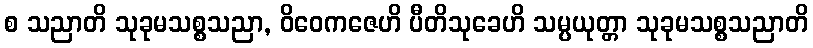
စ သညာတိ သုခုမသစ္စသညာ, ဝိဝေကဇေဟိ ပီတိသုခေဟိ သမ္ပယုတ္တာ သုခုမသစ္စသညာတိ